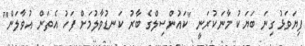
ފިޔަވަޅު ގިނަ ބަޔަކު މާނަކުރަނީ "ކައުންސިލްގެ ބާރު ކަނޑުވާލުމަށް ފަހު އެތަން އުވާލަން"